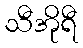
သီအိုရီ